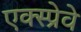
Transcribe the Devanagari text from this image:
एक्स्प्रेवे